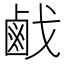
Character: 𢧽